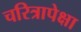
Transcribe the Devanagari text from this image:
चरित्रापेक्षा